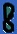
Text: 8